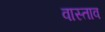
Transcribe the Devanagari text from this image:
वास्ताव